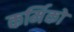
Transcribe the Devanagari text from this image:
कर्मिको